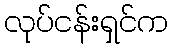
လုပ်ငန်းရှင်က